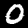
Digit: 0